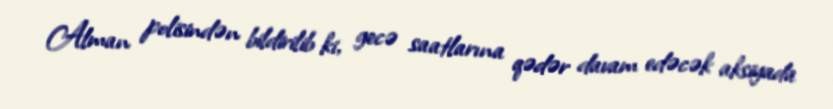
Alman polisindən bildirilib ki, gecə saatlarına qədər davam edəcək aksiyada